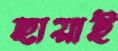
ছায়াই